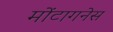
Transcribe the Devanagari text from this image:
मोंटागनेस